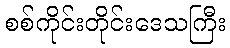
စစ်ကိုင်းတိုင်းဒေသကြီး